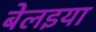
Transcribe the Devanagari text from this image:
बेलइया